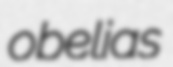
obelias